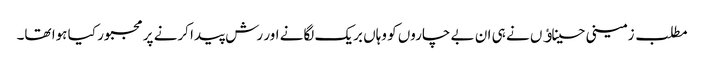
مطلب زمینی حسیناﺅں نے ہی ان بے چاروں کو وہاں بریک لگانے اور رش پیدا کرنے پر مجبور کیا ہوا تھا۔